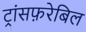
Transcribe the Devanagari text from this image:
ट्रांसफ़रेबिल